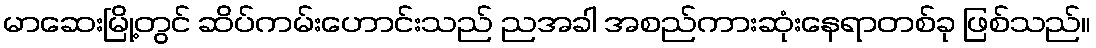
မာဆေးမြို့တွင် ဆိပ်ကမ်းဟောင်းသည် ညအခါ အစည်ကားဆုံးနေရာတစ်ခု ဖြစ်သည်။